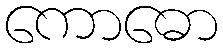
ကောဓော